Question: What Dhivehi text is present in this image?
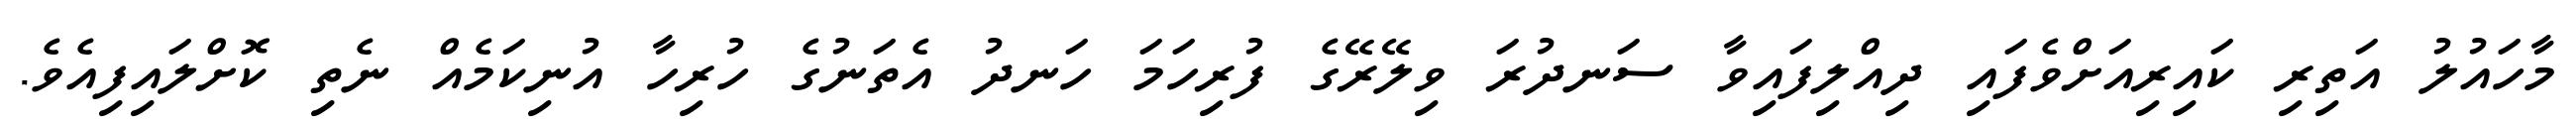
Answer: މާހައުލު އަތިރި ކައިރިއަށްވެފައި ދިއްލިފައިވާ ސަނދުރަ ވިލޭރޭގެ ފުރިހަމަ ހަނދު އެތަނުގެ ހުރިހާ އުނިކަމެއް ނެތި ކޮށްލައިފިއެވެ.